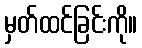
မှတ်ထင်ခြင်းကို။